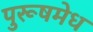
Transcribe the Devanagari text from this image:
पुरूषमेध